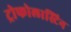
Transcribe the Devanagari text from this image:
ट्रोफोलास्टिन